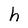
Character: h